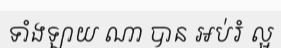
ទាំងឡាយ ណា បាន ឣប់រំ ល្អ